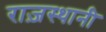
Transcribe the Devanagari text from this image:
राज़स्थानी